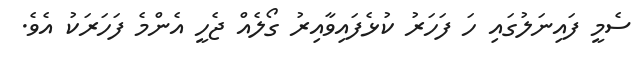
ސެމީ ފައިނަލުގައި ހަ ފަހަރު ކުޅެފައިވާއިރު ގޯލެއް ޖެހީ އެންމެ ފަހަރަކު އެވެ.